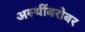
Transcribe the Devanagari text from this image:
अस्थींबरोबर